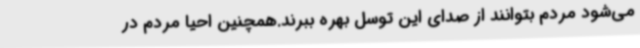
می‌شود مردم بتوانند از صدای این توسل بهره ببرند.همچنین احیا مردم در